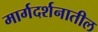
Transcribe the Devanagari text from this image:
मार्गदर्शनातील